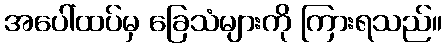
အပေါ်ထပ်မှ ခြေသံများကို ကြားရသည်။